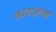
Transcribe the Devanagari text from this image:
कादाज़ान